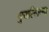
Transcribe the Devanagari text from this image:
मुसल्लिम्मा